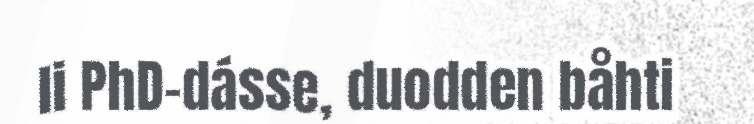
li PhD-dásse, duodden båhti